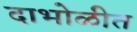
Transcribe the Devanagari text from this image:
दाभोळीत